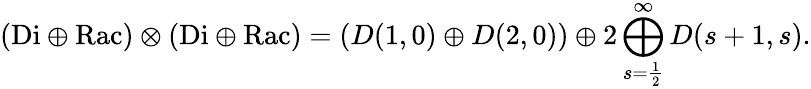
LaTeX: ({\mathrm{Di}}\oplus{\mathrm{Rac}})\otimes({\mathrm{Di}}\oplus{\mathrm{Rac}})=(D(1,0)\oplus D(2,0))\oplus 2\bigoplus_{s=\frac{1}{2}}^{\infty}D(s+1,s).